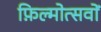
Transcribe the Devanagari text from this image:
फ़िल्मोत्सवों